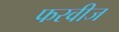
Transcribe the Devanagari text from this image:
फरवीज